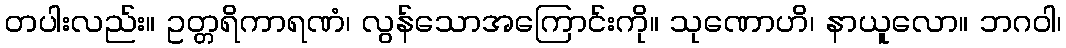
တပါးလည်း။ ဥတ္တရိကာရဏံ၊ လွန်သောအကြောင်းကို။ သုဏောဟိ၊ နာယူလော။ ဘဂဝါ၊